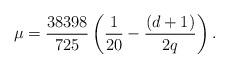
LaTeX: \begin{align*}\mu=\frac{38398}{725} \left(\frac{1}{20}-\frac{(d+1)}{2q}\right).\end{align*}